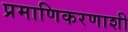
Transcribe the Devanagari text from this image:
प्रमाणिकरणाशी